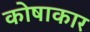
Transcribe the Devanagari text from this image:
कोषाकार